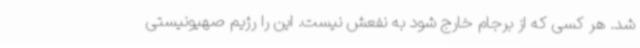
شد. هر کسی که از برجام خارج شود به نفعش نیست. این را رژیم صهیونیستی